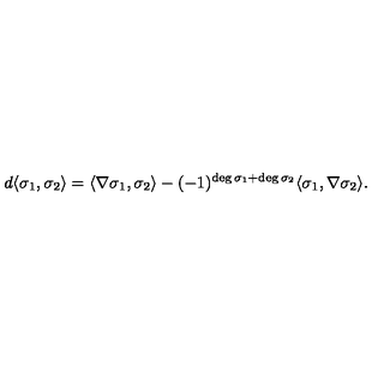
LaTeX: d \langle \sigma _ { 1 } , \sigma _ { 2 } \rangle = \langle \nabla \sigma _ { 1 } , \sigma _ { 2 } \rangle - ( - 1 ) ^ { \deg \sigma _ { 1 } + \deg \sigma _ { 2 } } \langle \sigma _ { 1 } , \nabla \sigma _ { 2 } \rangle .